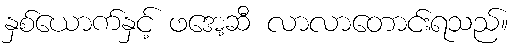
နှစ်ယောက်နှင့် ဖအေ့ဆီ လာလာတောင်းရသည်။